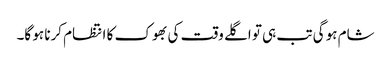
شام ہو گی تب ہی تو اگلے وقت کی بھوک کا انتظام کرنا ہو گا۔